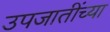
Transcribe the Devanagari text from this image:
उपजातींच्या